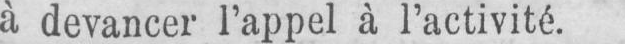
à devancer l’appel à l’activité.